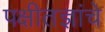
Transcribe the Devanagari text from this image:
पक्षीतज्ञांचे